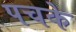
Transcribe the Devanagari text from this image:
पचके